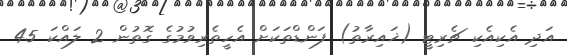
އަދި އެކިއެކި ޗެރިޓީ (ޚައިރާތު) ފަންޑްތަކަށް އެހީތެރިވުމުގެ ގޮތުން 2 ލައްކަ 45